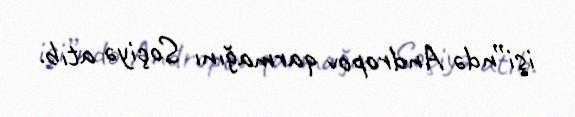
işi”ndə Andropov qarmağını Soçiyə atıb.